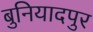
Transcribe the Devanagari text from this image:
बुनियादपुर